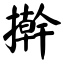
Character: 擀